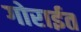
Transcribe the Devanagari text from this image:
गोराईत